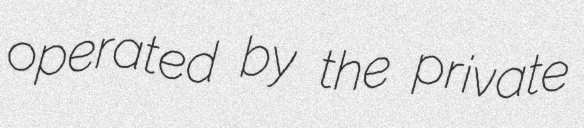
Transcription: operated by the private